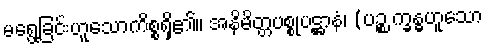
မရွေ့ခြင်းဟူသောကိစ္စရှိ၏။ အနိမိတ္တပစ္စုပဋ္ဌာနံ၊ (ပဉ္စ က္ခန္ဓဟူသော